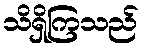
သိရှိကြသည်